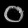
Digit: ၀